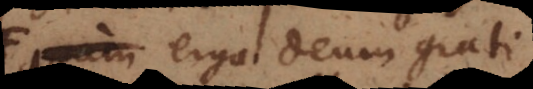
sed erga Deum grati